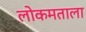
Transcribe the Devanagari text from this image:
लोकमताला